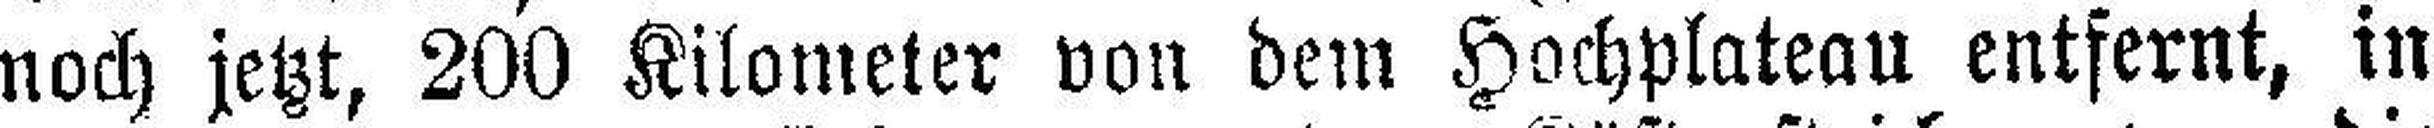
noch jetzt, 200 Kilometer von dem Hochplateau entfernt, in